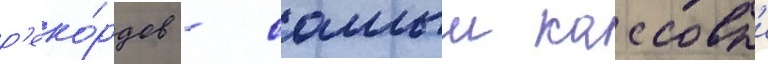
р'еко́рдов - самыи кассовыи